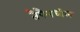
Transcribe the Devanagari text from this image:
तैपैमधील